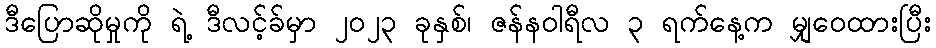
ဒီပြောဆိုမှုကို ရဲ့ ဒီလင့်ခ်မှာ ၂၀၂၃ ခုနှစ်၊ ဇန်နဝါရီလ ၃ ရက်နေ့က မျှဝေထားပြီး